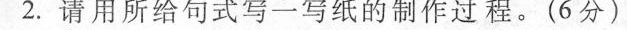
2.请用所给句式写一写纸的制作过程。(6分)